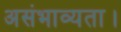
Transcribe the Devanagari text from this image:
असंभाव्यता।